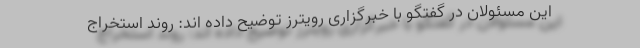
این مسئولان در گفتگو با خبرگزاری رویترز توضیح داده اند: روند استخراج